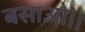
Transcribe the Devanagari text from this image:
बसाओ।।